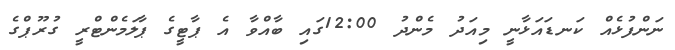
ނަންފުޅެއް ކަނޑައަޅާނީ މިއަދު މެންދު 12:00ގައި ބާއްވާ އެ ޕާޓީގެ ޕާލަމެންޓްރީ ގުރޫޕްގެ